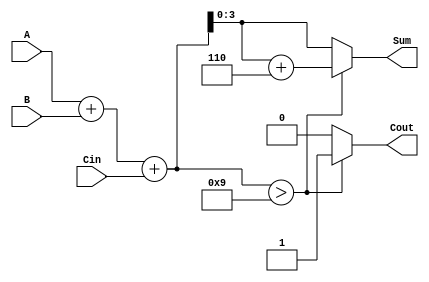
module BCD_Conditional_Adder (
    input [3:0] A,      // First BCD digit
    input [3:0] B,      // Second BCD digit
    input Cin,          // Carry-in
    output reg [3:0] Sum, // BCD sum output
    output reg Cout      // Carry-out flag
);

    // Intermediate wire to hold the binary sum
    wire [4:0] S; // 5 bits to accommodate possible carry-out

    // Binary addition
    assign S = A + B + Cin;

    // BCD correction logic
    always @(*) begin
        if (S > 9) begin
            Sum = S + 6; // Correction for BCD
            Cout = 1;    // Set carry-out
        end else begin
            Sum = S;     // No correction needed
            Cout = 0;    // No carry-out
        end
    end

endmodule